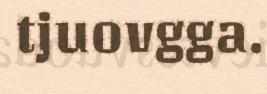
tjuovgga.